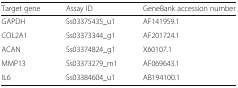
| Target gene | Assay ID | GeneBank accession number |
 | --- | --- | --- |
 | GAPDH | Ss03375435_u1 | AF141959.1 |
 | COL2A1 | Ss03373344_g1 | AF201724.1 |
 | ACAN | Ss03374824_g1 | X60107.1 |
 | MMP13 | Ss03373279_m1 | AF069643.1 |
 | IL6 | Ss03384604_u1 | AB194100.1 |